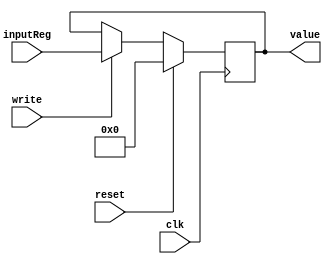
`timescale 1ns / 1ps
//////////////////////////////////////////////////////////////////////////////////
// Company: Potato
// Engineer:
//
// Design Name:
// Module Name:    Register
// Project Name:
// Target Devices:
// Tool versions:
// Description:
//
// Dependencies:
//
// Revision:
// Revision 0.01 - File Created
// Additional Comments:
//
//////////////////////////////////////////////////////////////////////////////////


module RegisterModule(
		input clk,
		input write,
		input reset,
		input [15:0] inputReg,
		output reg [15:0] value
		);

	always@(negedge clk) begin
		if(reset == 1'b1) begin
			value = 0;
		end
		else begin
			if(write == 1'b1) begin
				value = inputReg;
			end
			else begin
			    value = value;
			end
		end
	end

endmodule